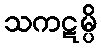
သကဋမ္ပိ